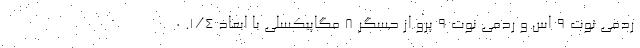
ردمی نوت ۹ اس و ردمی نوت ۹ پرو از حسگر ۸ مگاپیکسلی با ابعاد 1/4. 0